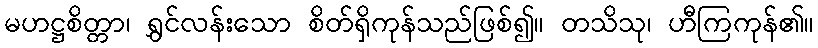
မဟဋ္ဌစိတ္တာ၊ ရွှင်လန်းသော စိတ်ရှိကုန်သည်ဖြစ်၍။ တသိသု၊ ဟီကြကုန်၏။